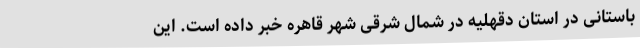
باستانی در استان دقهلیه در شمال شرقی شهر قاهره خبر داده است. این